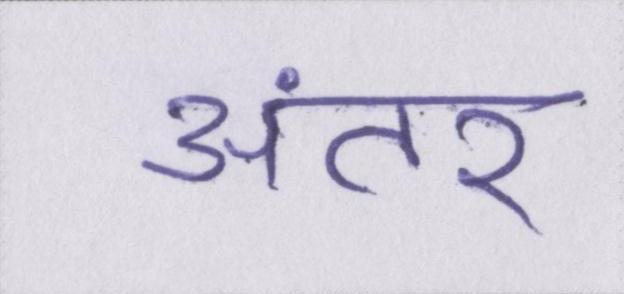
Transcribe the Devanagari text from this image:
अंतर